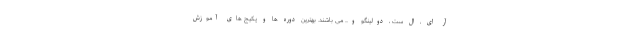
آر ای ، ال ست ، دولینگو و... می باشند. بهترین دوره ها و پکیج های آموزش